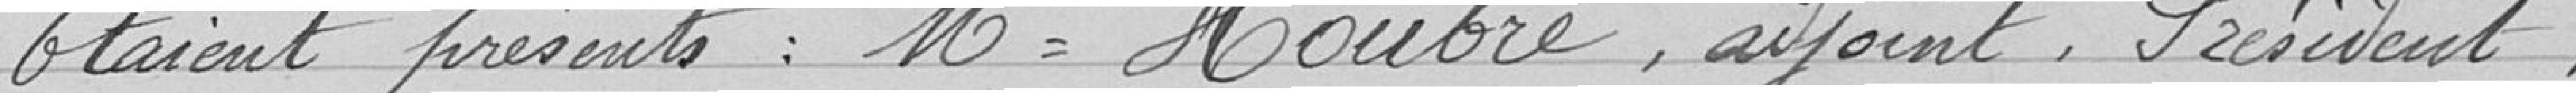
Sécrétaire: Mr Marchefay.